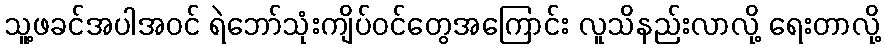
သူ့ဖခင်အပါအဝင် ရဲဘော်သုံးကျိပ်ဝင်တွေအကြောင်း လူသိနည်းလာလို့ ရေးတာလို့